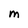
Character: M